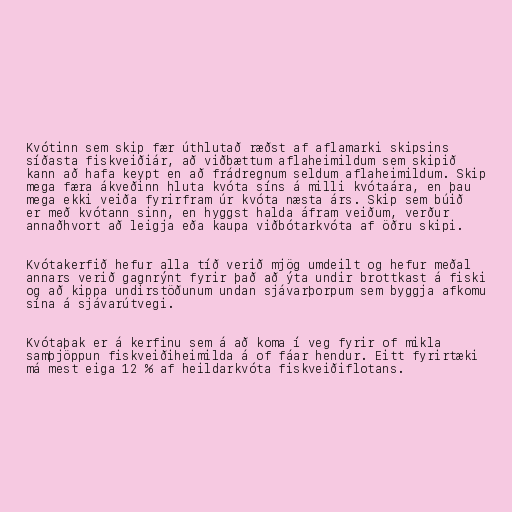
Kvótinn sem skip fær úthlutað ræðst af aflamarki skipsins
síðasta fiskveiðiár, að viðbættum aflaheimildum sem skipið
kann að hafa keypt en að frádregnum seldum aflaheimildum. Skip
mega færa ákveðinn hluta kvóta síns á milli kvótaára, en þau
mega ekki veiða fyrirfram úr kvóta næsta árs. Skip sem búið
er með kvótann sinn, en hyggst halda áfram veiðum, verður
annaðhvort að leigja eða kaupa viðbótarkvóta af öðru skipi.

Kvótakerfið hefur alla tíð verið mjög umdeilt og hefur meðal
annars verið gagnrýnt fyrir það að ýta undir brottkast á fiski
og að kippa undirstöðunum undan sjávarþorpum sem byggja afkomu
sína á sjávarútvegi.

Kvótaþak er á kerfinu sem á að koma í veg fyrir of mikla
samþjöppun fiskveiðiheimilda á of fáar hendur. Eitt fyrirtæki
má mest eiga 12 % af heildarkvóta fiskveiðiflotans.